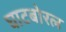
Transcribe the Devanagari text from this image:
घाटबोरल